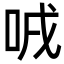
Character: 㖅